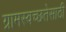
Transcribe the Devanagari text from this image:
ग्रामस्वच्छतेसाठी